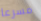
مسرعا